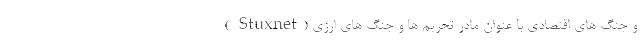
( Stuxnet) و جنگ های اقتصادی با عنوان مادر تحریم ها و جنگ های ارزی